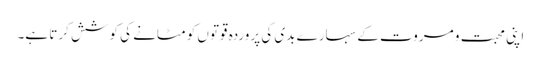
اپنی محبت و مروت کے سہارے بدی کی پروردہ قوتوں کو مٹانے کی کوشش کرتا ہے۔